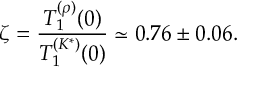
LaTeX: \zeta = \frac { T _ { 1 } ^ { ( \rho ) } ( 0 ) } { T _ { 1 } ^ { ( K ^ { * } ) } ( 0 ) } \simeq 0 . 7 6 \pm 0 . 0 6 .